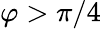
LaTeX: \varphi>\pi/4